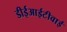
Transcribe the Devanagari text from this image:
डीईआईटीवाई